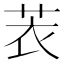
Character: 䒾